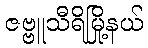
ဇဗ္ဗူသီရိမြို့နယ်